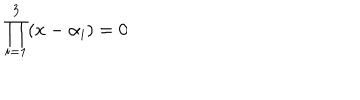
\prod _ { i = 1 } ^ { 3 } ( x - \alpha _ { i } ) = 0